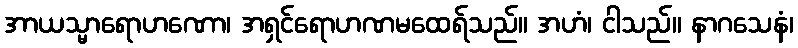
အာယသ္မာရောဟဏော၊ အရှင်ရောဟဏမထေရ်သည်။ အဟံ၊ ငါသည်။ နာဂသေနံ၊